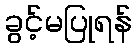
ခွင့်မပြုရန်